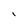
Character: l